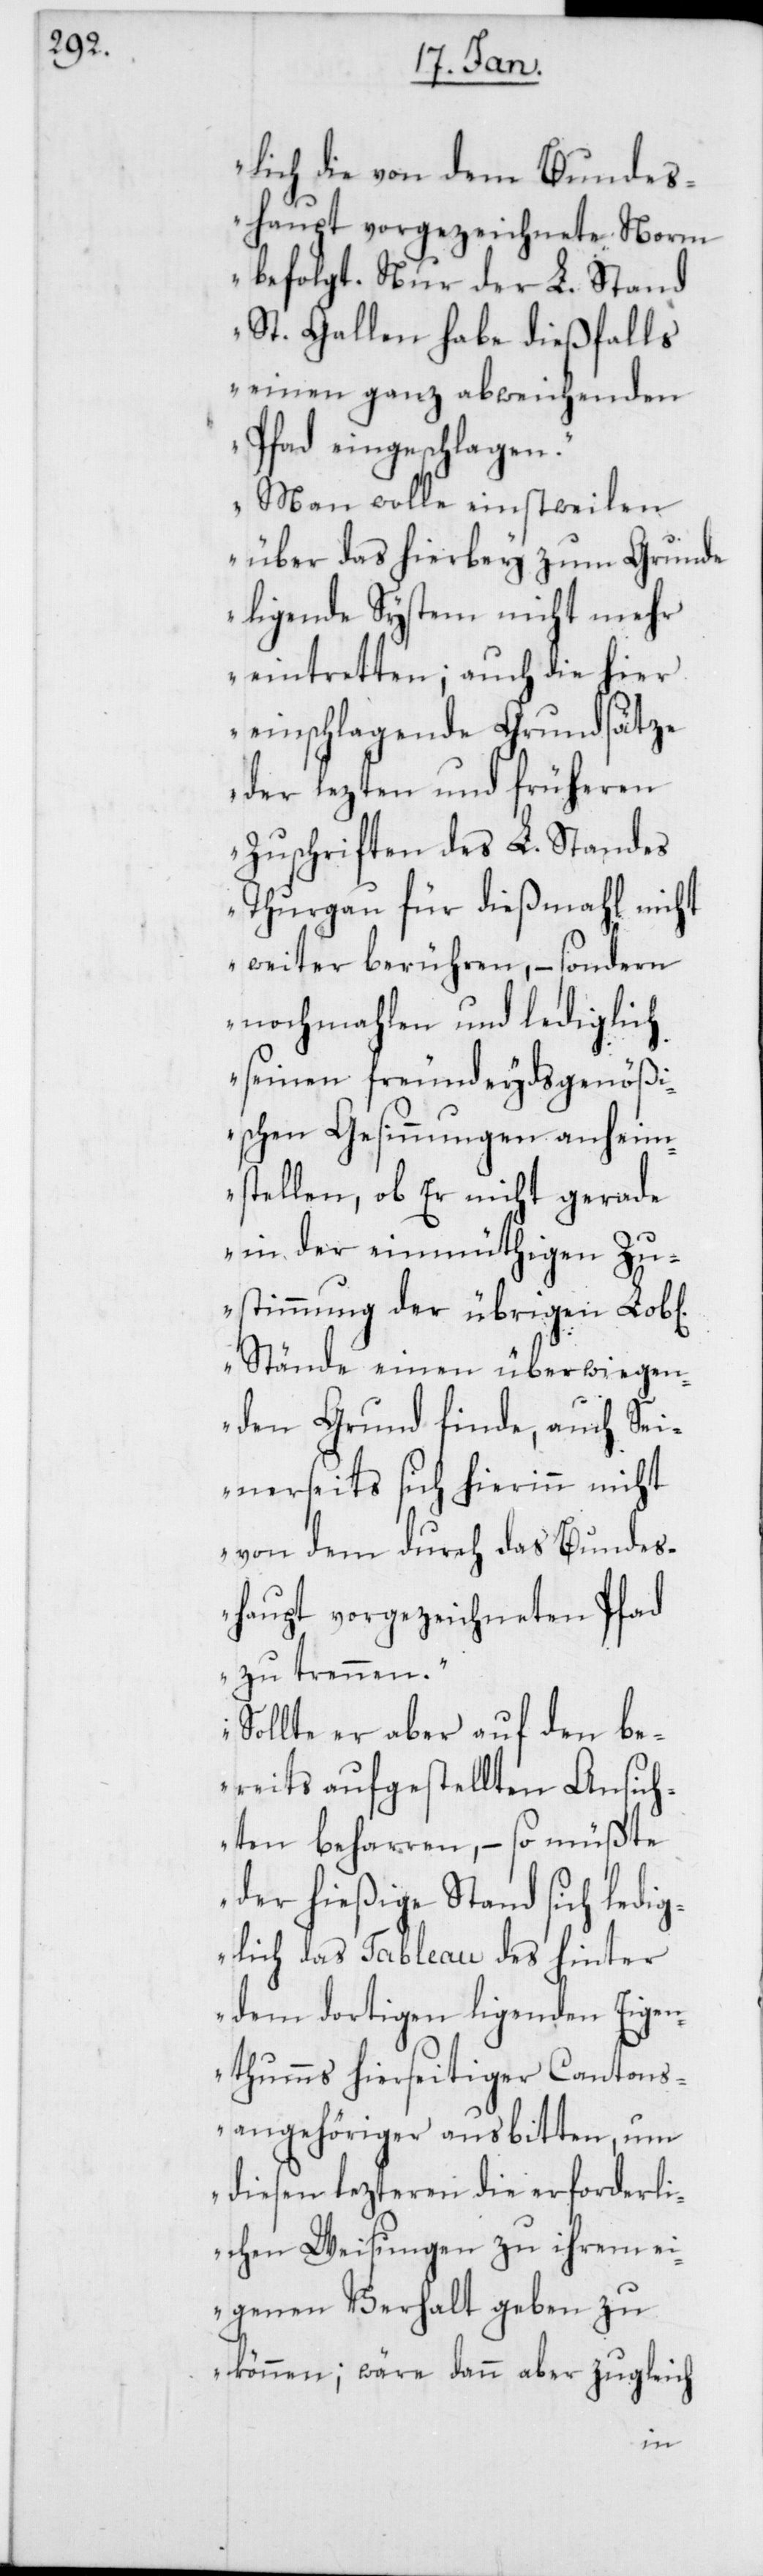
lich die von dem Bundes¬
haupt vorgezeichnete Norm
befolgt. Nur der L. Stand
St. Gallen habe dießfalls
einen ganz abweichenden
Pfad eingeschlagen.
Man wolle einstweilen
über das hierbey zum Grunde
liegende System nicht mehr
eintretten; auch die hier
einschlagende Grundsätze
der lezten und früheren
Zuschriften des L. Standes
Thurgau für dießmahl nicht
weiter berühren, – sondern
nochmahlen und lediglich
seinen freundeydsgenößi¬
schen Gesinnungen anheim
stellen, ob Er nicht gerade
in der einmüthigen Zu¬
stimmung der übrigen Lob[e¬
Stände einen überwiegen¬
den Grund finde, auch Sei¬
nerseits sich hierin nicht
von dem durch das Bundes¬
haupt vorgezeichneten Pfad
zu trennen.
Sollte er aber auf den be¬
reits aufgestellten Ansich¬
ten beharren, – so müßte
der hießige Stand sich ledig¬
lich das Tableau des hinter
dem dortigen liegenden Eigen¬
thums hierseitiger Cantons¬
angehöriger ausbitten, um
diesen lezteren die erforderli¬
chen Weisungen zu ihrem ei¬
genen Verhalt geben zu
können; wäre dann aber zugleich
n].